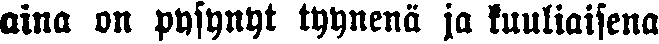
aina on pysynyt tyynenä ja kuuliaisena